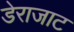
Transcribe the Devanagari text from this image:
डेराजाट